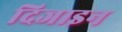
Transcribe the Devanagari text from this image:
दिजाइन